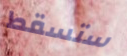
ستسقط